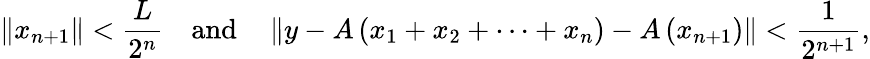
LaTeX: \| x_{n+1}\| <{\frac{L}{2^{n}}}\quad{\mathrm{and}}\quad\left\| y-A\left(x_{1}+x_{2}+\cdots+x_{n}\right)-A\left(x_{n+1}\right)\right\| <{\frac{1}{2^{n+1}}},